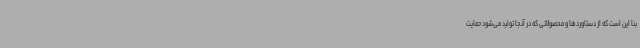
بنا این است که از دستاوردها و محصولاتی که در آنجا تولید می‌شود حمایت